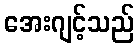
အေးဂျင့်သည်